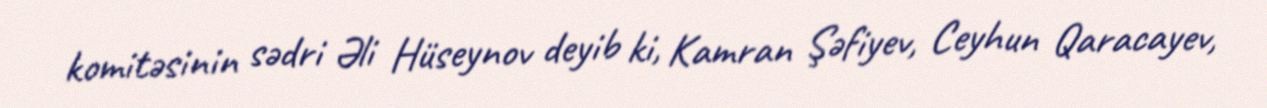
komitəsinin sədri Əli Hüseynov deyib ki, Kamran Şəfiyev, Ceyhun Qaracayev,